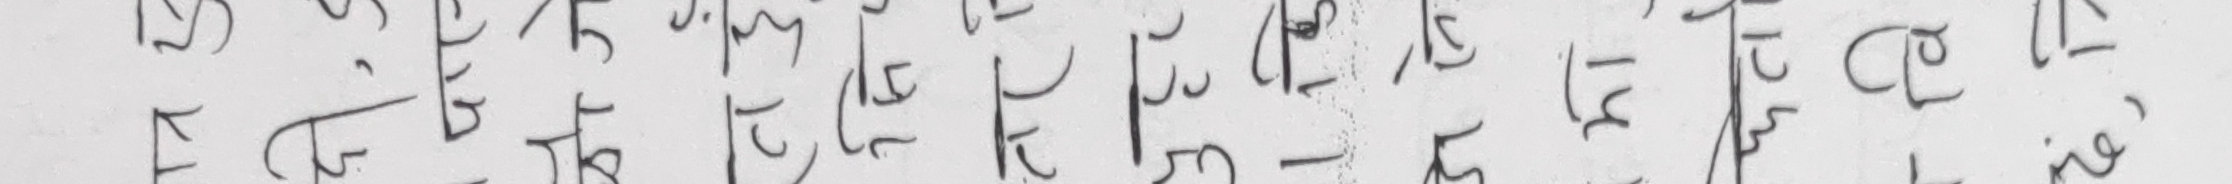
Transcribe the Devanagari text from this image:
छेमा नीके सुत्यो र पुनर्जागत हामी को एट ठिकै स्थान भाईले